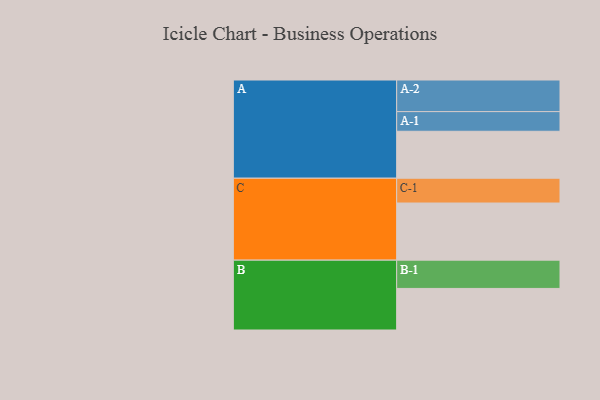
{"axis": {"x": "Segment", "y": "Value"}, "legend": ["", "A", "B", "C"], "data": [{"x": "A", "y": 392, "type": ""}, {"x": "B", "y": 347, "type": ""}, {"x": "C", "y": 477, "type": ""}, {"x": "A-1", "y": 164, "type": "A"}, {"x": "A-2", "y": 264, "type": "A"}, {"x": "B-1", "y": 236, "type": "B"}, {"x": "C-1", "y": 207, "type": "C"}]}